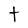
Character: t